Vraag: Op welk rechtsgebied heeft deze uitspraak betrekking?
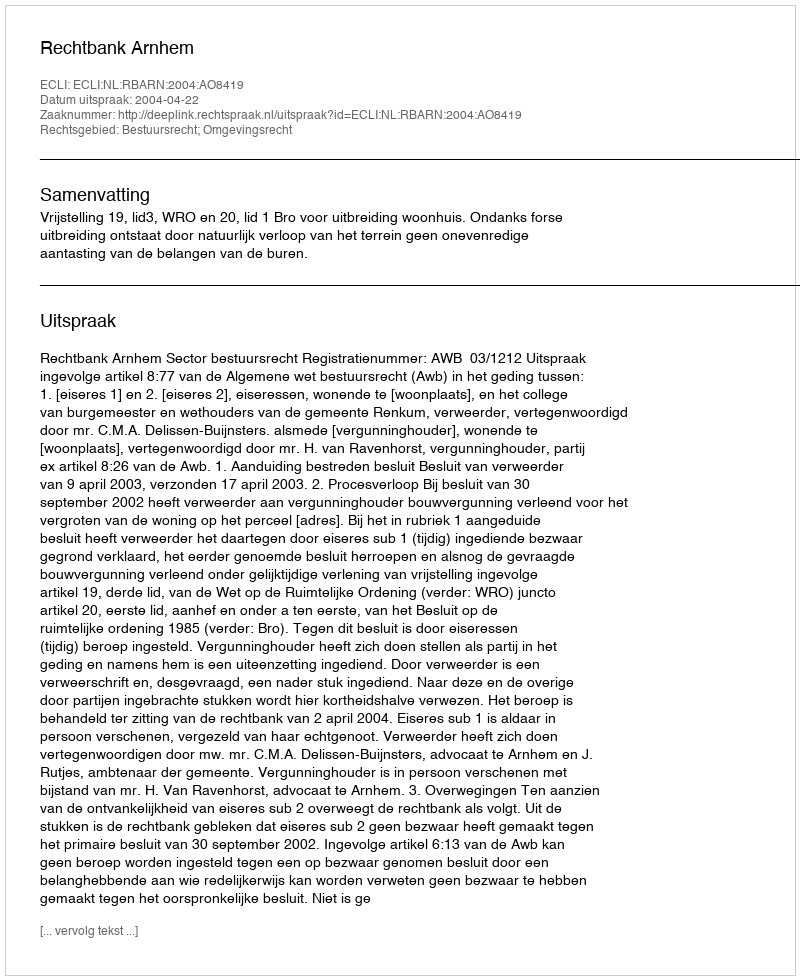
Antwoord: Bestuursrecht; Omgevingsrecht